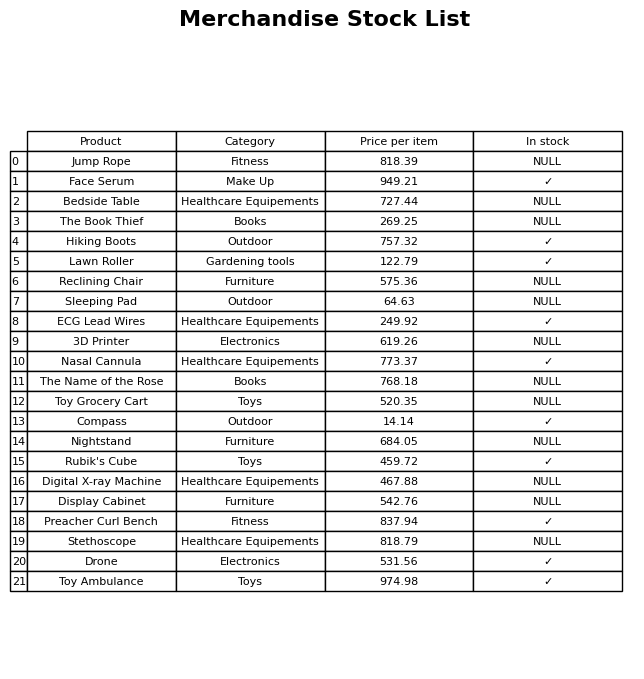
question: What is the price of the Stethoscope?
answer: The price of Stethoscope is 818.79.